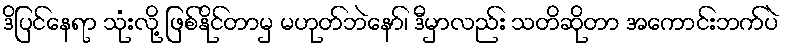
ဒိပြင်နေရာ သုံးလို့ ဖြစ်နိုင်တာမှ မဟုတ်ဘဲနော်၊ ဒီမှာလည်း သတိဆိုတာ အကောင်းဘက်ပဲ